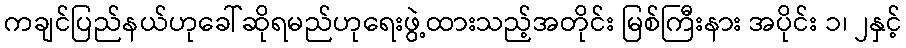
ကချင်ပြည်နယ်ဟုခေါ်ဆိုရမည်ဟုရေးဖွဲ့ထားသည့်အတိုင်း မြစ်ကြီးနား အပိုင်း ၁၊ ၂နှင့်